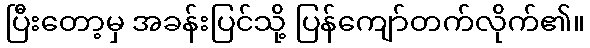
ပြီးတော့မှ အခန်းပြင်သို့ ပြန်ကျော်တက်လိုက်၏။